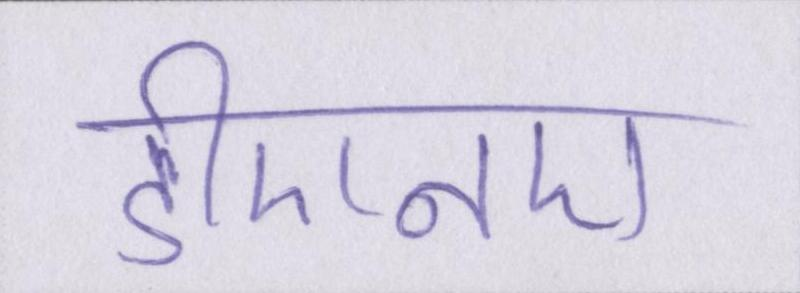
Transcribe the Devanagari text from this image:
डीएनए